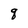
Character: q